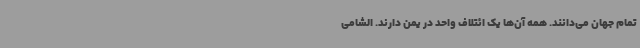
تمام جهان می‌دانند. همه آن‌ها یک ائتلاف واحد در یمن دارند. الشامی